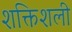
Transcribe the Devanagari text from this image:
शक्तिशली